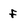
Character: f